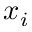
x _ { i }